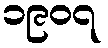
၁၉၀၇